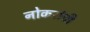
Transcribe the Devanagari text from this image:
नोकरांची